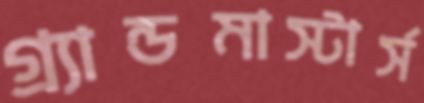
গ্র্যান্ডমাস্টার্স